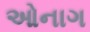
ઓનાગ